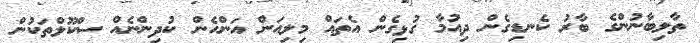
ތާލިބާނުންގެ ބާރު ކެނޑިގެން ދިއުމާ ގުޅިގެން އެތައް މިލިއަން އަންހެން ކުދިންނެއް ސްކޫލްތަކުން